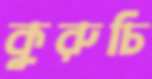
কুরুচি